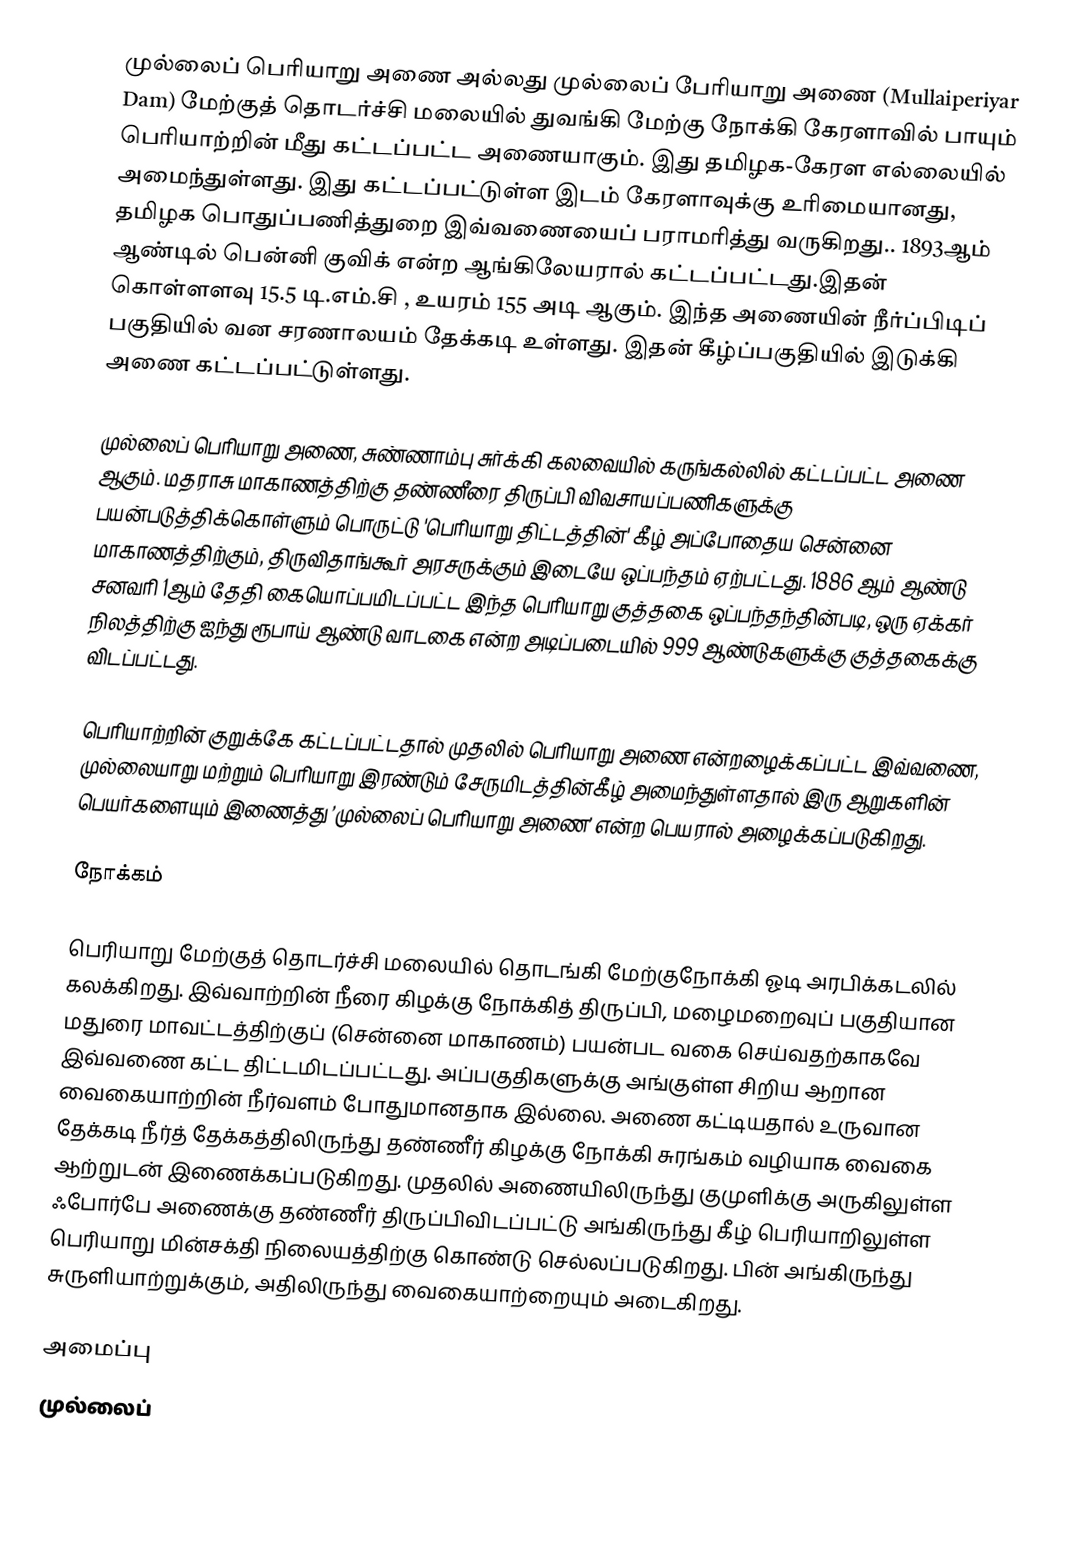
முல்லைப் பெரியாறு அணை அல்லது முல்லைப் பேரியாறு அணை (Mullaiperiyar Dam) மேற்குத் தொடர்ச்சி மலையில் துவங்கி மேற்கு நோக்கி கேரளாவில் பாயும் பெரியாற்றின் மீது கட்டப்பட்ட அணையாகும். இது தமிழக-கேரள எல்லையில் அமைந்துள்ளது. இது கட்டப்பட்டுள்ள இடம் கேரளாவுக்கு உரிமையானது, தமிழக பொதுப்பணித்துறை இவ்வணையைப் பராமரித்து வருகிறது.. 1893ஆம் ஆண்டில்   பென்னி குவிக் என்ற ஆங்கிலேயரால் கட்டப்பட்டது.இதன் கொள்ளளவு 15.5 டி.எம்.சி , உயரம் 155 அடி ஆகும். இந்த அணையின் நீர்ப்பிடிப் பகுதியில் வன சரணாலயம் தேக்கடி உள்ளது. இதன் கீழ்ப்பகுதியில் இடுக்கி அணை கட்டப்பட்டுள்ளது.

முல்லைப் பெரியாறு அணை, சுண்ணாம்பு சுர்க்கி கலவையில் கருங்கல்லில் கட்டப்பட்ட அணை ஆகும். மதராசு மாகாணத்திற்கு தண்ணீரை திருப்பி விவசாயப்பணிகளுக்கு பயன்படுத்திக்கொள்ளும் பொருட்டு 'பெரியாறு திட்டத்தின்' கீழ் அப்போதைய சென்னை மாகாணத்திற்கும், திருவிதாங்கூர் அரசருக்கும் இடையே ஒப்பந்தம் ஏற்பட்டது. 1886 ஆம் ஆண்டு சனவரி 1ஆம் தேதி கையொப்பமிடப்பட்ட இந்த பெரியாறு குத்தகை ஒப்பந்தந்தின்படி, ஒரு ஏக்கர் நிலத்திற்கு ஐந்து ரூபாய் ஆண்டு வாடகை என்ற அடிப்படையில் 999 ஆண்டுகளுக்கு குத்தகைக்கு விடப்பட்டது.

பெரியாற்றின் குறுக்கே கட்டப்பட்டதால் முதலில் பெரியாறு அணை என்றழைக்கப்பட்ட இவ்வணை, முல்லையாறு மற்றும் பெரியாறு இரண்டும் சேருமிடத்தின்கீழ் அமைந்துள்ளதால் இரு ஆறுகளின் பெயர்களையும் இணைத்து ’முல்லைப் பெரியாறு அணை’ என்ற பெயரால் அழைக்கப்படுகிறது.

நோக்கம்

பெரியாறு மேற்குத் தொடர்ச்சி மலையில் தொடங்கி மேற்குநோக்கி ஓடி அரபிக்கடலில் கலக்கிறது. இவ்வாற்றின் நீரை கிழக்கு நோக்கித் திருப்பி, மழைமறைவுப் பகுதியான மதுரை மாவட்டத்திற்குப் (சென்னை மாகாணம்) பயன்பட வகை செய்வதற்காகவே இவ்வணை கட்ட திட்டமிடப்பட்டது. அப்பகுதிகளுக்கு அங்குள்ள சிறிய ஆறான வைகையாற்றின் நீர்வளம் போதுமானதாக இல்லை. அணை கட்டியதால் உருவான தேக்கடி நீர்த் தேக்கத்திலிருந்து தண்ணீர் கிழக்கு நோக்கி சுரங்கம் வழியாக வைகை ஆற்றுடன் இணைக்கப்படுகிறது. முதலில் அணையிலிருந்து குமுளிக்கு அருகிலுள்ள ஃபோர்பே அணைக்கு தண்ணீர் திருப்பிவிடப்பட்டு அங்கிருந்து கீழ் பெரியாறிலுள்ள பெரியாறு மின்சக்தி நிலையத்திற்கு கொண்டு செல்லப்படுகிறது. பின் அங்கிருந்து சுருளியாற்றுக்கும், அதிலிருந்து வைகையாற்றையும் அடைகிறது.

அமைப்பு
முல்லைப்